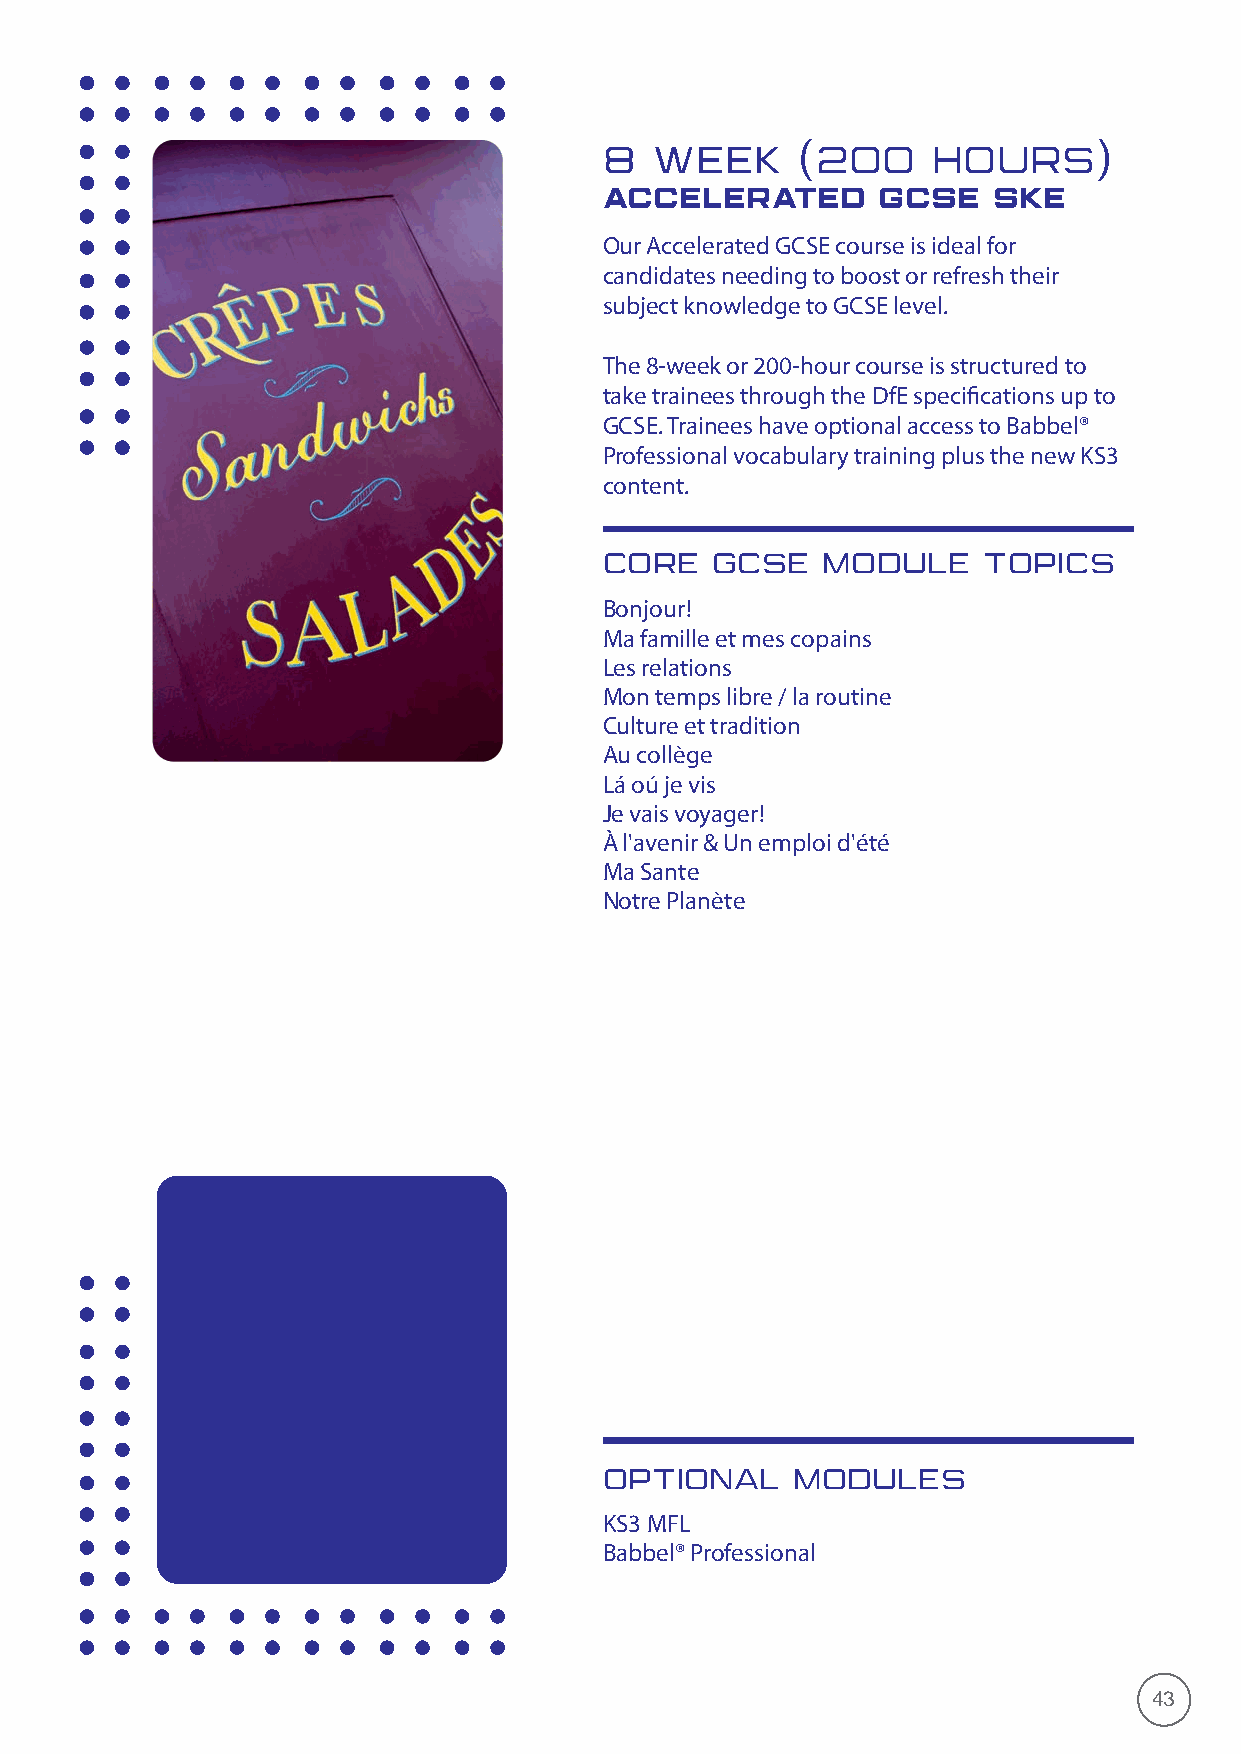
8  WEEK      (200     HOURS)
 ACCELERATED       GCSE    SKE
 Our Accelerated GCSE course is ideal for
 candidates needing to boost or refresh their
 subject knowledge to GCSE level.
 The 8-week or 200-hour course is structured to
 take trainees through the DfE specifications up to
 GCSE. Trainees have optional access to Babbel®
 Professional vocabulary training plus the new KS3
 content.
 CORE   GCSE   MODULE     TOPICS
 Bonjour!
 Ma famille et mes copains
 Les relations
 Mon temps libre / la routine
 Culture et tradition
 Au collège
 Lá oú je vis
 Je vais voyager!
 À l'avenir & Un emploi d'été
 Ma Sante
 Notre Planète
 OPTIONAL    MODULES
 KS3 MFL
 Babbel® Professional
 43